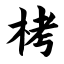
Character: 栲